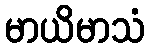
မာယိမာသံ